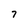
Character: 7